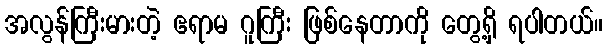
အလွန်ကြီးမားတဲ့ ဧရာမ ဂူကြီး ဖြစ်နေတာကို တွေ့ရှိ ရပါတယ်။